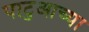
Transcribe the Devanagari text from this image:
पाटुआच्या